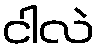
ငါလဲ